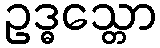
ဥဒ္ဓသ္တော